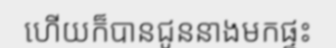
ហើយក៏បានជូននាងមកផ្ទះ